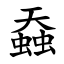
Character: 䗞